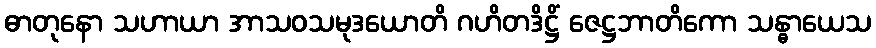
ဓာတုနော သဟာယာ အာသဝသမုဒယောတိ ဂဟိတဒိဋ္ဌိံ ဇေဋ္ဌဘာတိကော သန္ဓာယေသ